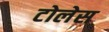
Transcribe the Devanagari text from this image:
टोलेस